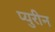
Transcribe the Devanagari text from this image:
प्युरीन